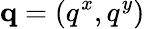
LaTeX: {\mathbf q}=(q^{x},q^{y})